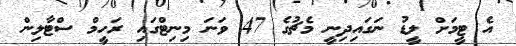
އެ ޓީމަށް ލީޑު ނަގައިދިނީ މެޗުގެ 47 ވަނަ މިނިޓްގައި ރަހީމް ސްޓާލިން